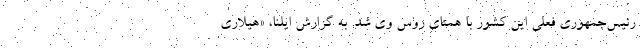
رئیس‌جمهوری فعلی این کشور با همتای روس وی شد. به گزارش ایلنا، «هیلاری